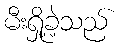
မီးရှို့ခဲ့သည်